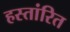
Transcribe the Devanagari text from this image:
हस्तांरित